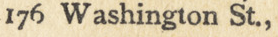
176 Washington st.,